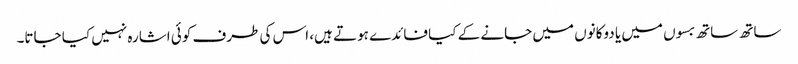
ساتھ ساتھ بسوں میں یا دوکانوں میں جانے کے کیا فائدے ہوتے ہیں، اس کی طرف کوئی اشارہ نہیں کیا جاتا۔